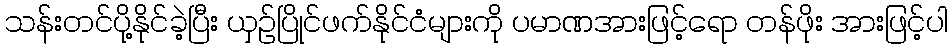
သန်းတင်ပို့နိုင်ခဲ့ပြီး ယှဉ်ပြိုင်ဖက်နိုင်ငံများကို ပမာဏအားဖြင့်ရော တန်ဖိုး အားဖြင့်ပါ